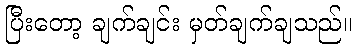
ပြီးတော့ ချက်ချင်း မှတ်ချက်ချသည်။